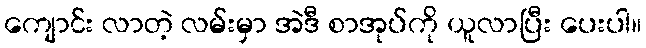
ကျောင်း လာတဲ့ လမ်းမှာ အဲဒီ စာအုပ်ကို ယူလာပြီး ပေးပါ။